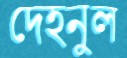
দেহনুল